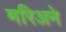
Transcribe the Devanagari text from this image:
मरिअने